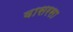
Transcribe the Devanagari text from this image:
वासरसा